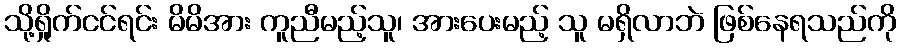
သို့ရှိုက်ငင်ရင်း မိမိအား ကူညီမည့်သူ၊ အားပေးမည့် သူ မရှိလာဘဲ ဖြစ်နေရသည်ကို